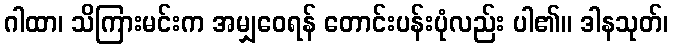
ဂါထာ၊ သိကြားမင်းက အမျှဝေရန် တောင်းပန်းပုံလည်း ပါ၏။ ဒါနသုတ်၊